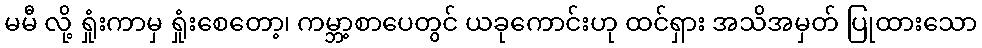
မမီ လို့ ရှုံးကာမှ ရှုံးစေတော့၊ ကမ္ဘာ့စာပေတွင် ယခုကောင်းဟု ထင်ရှား အသိအမှတ် ပြုထားသော